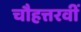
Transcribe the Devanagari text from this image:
चौहत्तरवीं